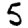
Digit: 5